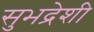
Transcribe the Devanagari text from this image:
सुभद्रेशी